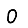
Digit: 0